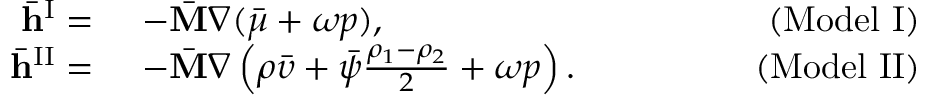
\begin{array} { r l r } { \bar { \mathbf { h } } ^ { \mathrm { I } } = } & { ~ - \bar { \mathbf { M } } \nabla ( \bar { \mu } + \omega p ) , \quad \quad \quad \quad } & { ( \mathrm { M o d e l ~ I } ) } \\ { \bar { \mathbf { h } } ^ { \mathrm { I I } } = } & { ~ - \bar { \mathbf { M } } \nabla \left( \rho \bar { \upsilon } + \bar { \psi } \frac { \rho _ { 1 } - \rho _ { 2 } } { 2 } + \omega p \right) . \quad \quad \quad \quad } & { ( \mathrm { M o d e l ~ I I } ) } \end{array}